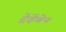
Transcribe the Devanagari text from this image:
ट्रेहेंबेन